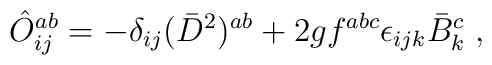
\hat{O}_{ij}^{ab} = -\delta_{ij} (\bar{D}^{2} )^{ab} + 2gf^{abc} \epsilon_{ijk} \bar{B}_{k}^{c}\;,